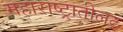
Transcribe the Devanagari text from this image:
महाराष्ट्रातीलट्र